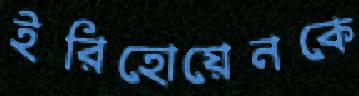
ইরিহোয়েনকে